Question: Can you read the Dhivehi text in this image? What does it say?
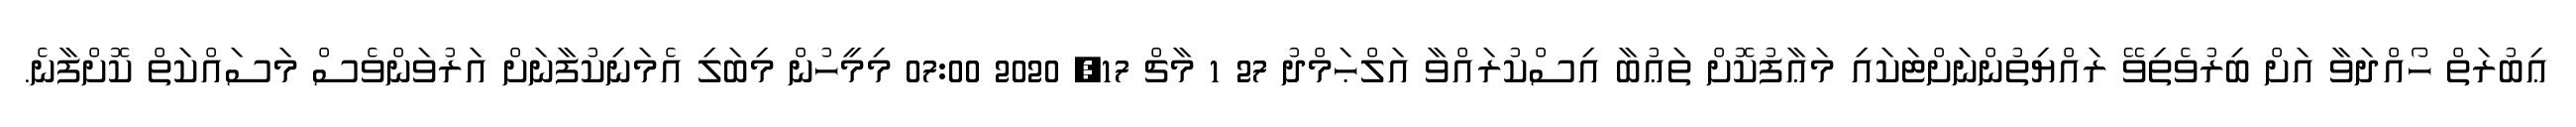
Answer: ޢިބުރަތް ހޯއްދަވާ އަށް ބިރުވެތިވޭ ރައްޔިތުންނަށްޓަކައި މަޢާފުކޮށް ތަޢުބާ އިސްކުރައްވާ އަލްޙަމްދު 27 1 މާޗް 17, 2020 07:00 މިމީހުން މިބަލި އެމަނިކުފާނަށް އަރުވަންވެސް މަސައްކަތް ކޮށްފާނެ.